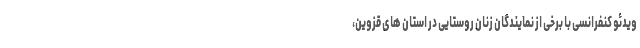
ویدئو کنفرانسی با برخی از نمایندگان زنان روستایی در استان های قزوین،